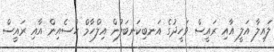
ލައިލާ އަލީ އާއި ރައީސް ވަހީދުގެ އަނބިކަނބަލުން އިލްހާމް ހުސެއިން އާއި ރައީސް